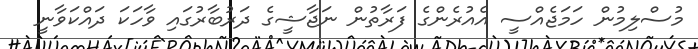
މުސްލިމުން ހަމަޖެއްސީ އެއުރެންގެ ފަރާތުން ނަޖާޝީގެ ދަރުބާރުގައި ވާހަކަ ދައްކަވާނީ